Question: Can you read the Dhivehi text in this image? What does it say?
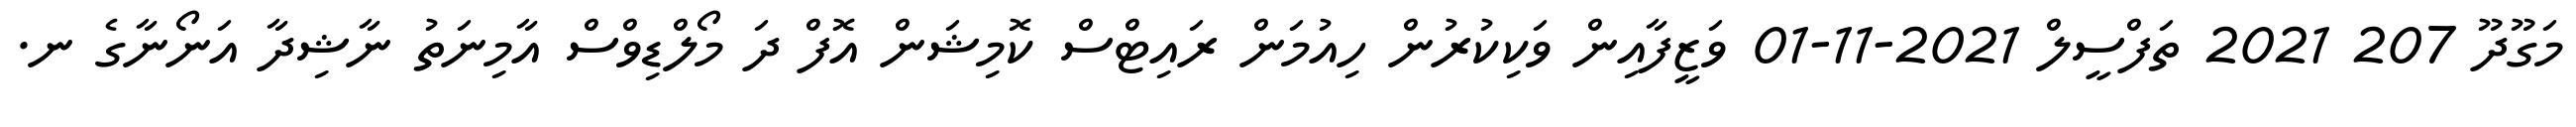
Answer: މަގޫދޫ 207 2021 ތަފްސީލް 2021-11-01 ވަޒީފާއިން ވަކިކުރުން ހިއުމަން ރައިޓްސް ކޮމިޝަން އޮފް ދަ މޯލްޑިވްސް އާމިނަތު ނާޝިދާ އަނޯނާގެ ނ.